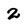
Character: 2